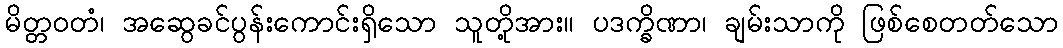
မိတ္တဝတံ၊ အဆွေခင်ပွန်းကောင်းရှိသော သူတို့အား။ ပဒက္ခိဏာ၊ ချမ်းသာကို ဖြစ်စေတတ်သော